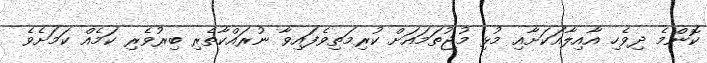
ކޮންމެ ދިވެހި އާއިލާއަކަށާއި މުޅި މުޖުތަމައަށް ކުރިމަތިވެފައިވާ ނުރައްކާތެރި ބިރުވެރި ކަމެއް ކަމަށެވެ